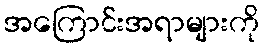
အကြောင်းအရာများကို